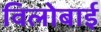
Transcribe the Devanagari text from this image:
विलोबाई